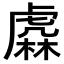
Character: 𧇥